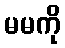
မမကို